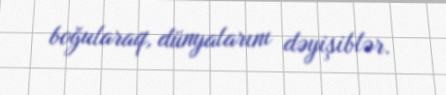
boğularaq, dünyalarını dəyişiblər.